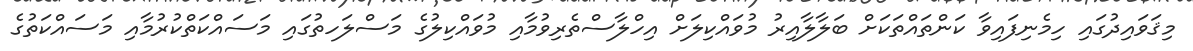
މިޤަވައިދުގައި ހިމެނިފައިވާ ކަންތައްތަކަށް ބަލާލާއިރު މުވައްކިލަށް އިހްލާސްތެރިވުމާއި މުވައްކިލުގެ މަސްލަހތުގައި މަސައްކަތްކުރުމާއި މަސައްކަތުގެ